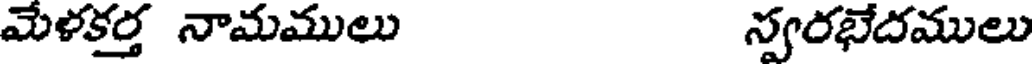
మేళకర్త నామములు స్వరభేదములు